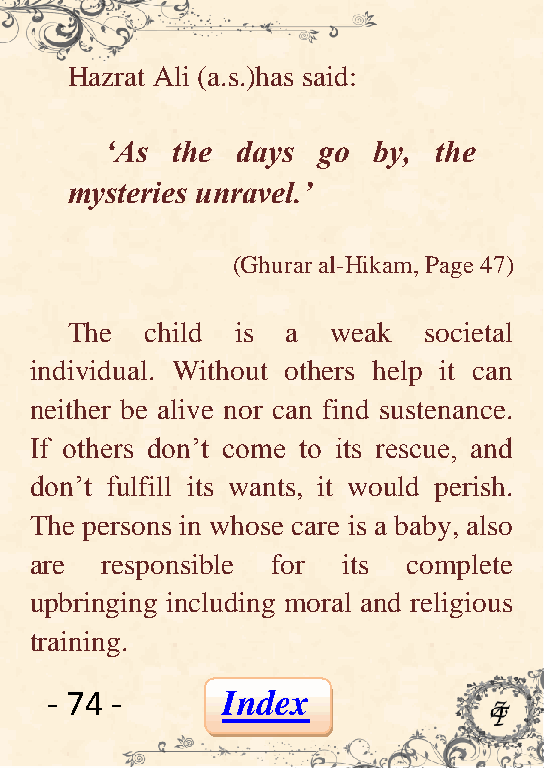
Hazrat Ali (a.s.)has said:
 „As the  days go  by, the
 mysteries unravel.‟
 (Ghurar al-Hikam, Page 47)
 The   child is a  weak  societal
 individual. Without others help it can
 neither be alive nor can find sustenance.
 If others don’t come to its rescue, and
 don’t fulfill its wants, it would perish.
 The persons in whose care is a baby, also
 are  responsible for its complete
 upbringing including moral and religious
 training.
 - 74 -      Index